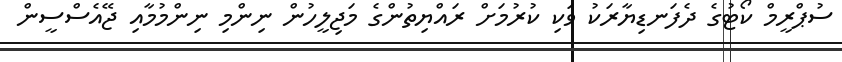
ސުޕްރީމް ކޯޓުގެ ދެފަނޑިޔާރަކު ވަކި ކުރުމަށް ރައްޔިތުންގެ މަޖިލީހުން ނިންމި ނިންމުމާއި ޖޭއެސްސީން